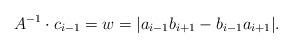
LaTeX: \begin{align*} A^{-1}\cdot c_{i-1} = w =|a_{i-1}b_{i+1}-b_{i-1}a_{i+1}|. \end{align*}